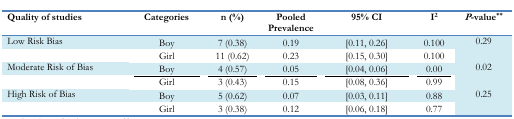
<table><thead><tr><td><b>Quality of studies</b></td><td><b>Categories</b></td><td><b>n (%)</b></td><td><b>Pooled Prevalence</b></td><td><b>95% CI</b></td><td><b>I<sup>2</sup></b></td><td><b><i>P</i>-value<sup>**</sup></b></td></tr></thead><tbody><tr><td>Low Risk Bias</td><td>Boy</td><td>7 (0.38)</td><td>0.19</td><td>[0.11, 0.26]</td><td>0.100</td><td>0.29</td></tr><tr><td></td><td>Girl</td><td>11 (0.62)</td><td>0.23</td><td>[0.15, 0.30]</td><td>0.100</td><td></td></tr><tr><td>Moderate Risk of Bias</td><td>Boy</td><td>4 (0.57)</td><td>0.05</td><td>[0.04, 0.06]</td><td>0.00</td><td>0.02</td></tr><tr><td></td><td>Girl</td><td>3 (0.43)</td><td>0.15</td><td>[0.08, 0.36]</td><td>0.99</td><td></td></tr><tr><td>High Risk of Bias</td><td>Boy</td><td>5 (0.62)</td><td>0.07</td><td>[0.03, 0.11]</td><td>0.88</td><td>0.25</td></tr><tr><td></td><td>Girl</td><td>3 (0.38)</td><td>0.12</td><td>[0.06, 0.18]</td><td>0.77</td><td></td></tr></tbody></table>